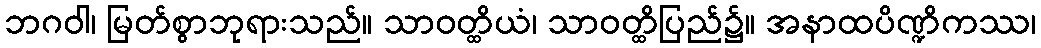
ဘဂဝါ၊ မြတ်စွာဘုရားသည်။ သာဝတ္ထိယံ၊ သာဝတ္ထိပြည်၌။ အနာထပိဏ္ဍိကဿ၊